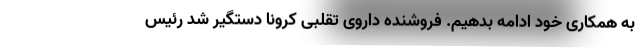
به همکاری خود ادامه بدهیم. فروشنده داروی تقلبی کرونا دستگیر شد رئیس